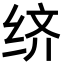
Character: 𬘧